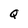
Character: Q